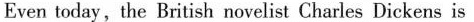
Even today, the British novelist Charles Dickens is